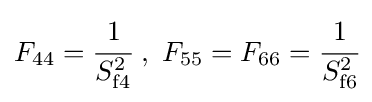
F_{44}={\cfrac {1}{S_{\mathrm {f} 4}^{2}}}\ ,\ F_{55}=F_{66}={\cfrac {1}{S_{\mathrm {f} 6}^{2}}}